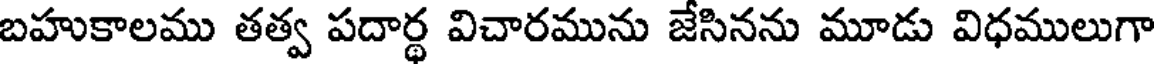
బహుకాలము తత్వ పదార్థ విచారమును జేసినను మూడు విధములుగా